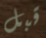
قبل